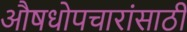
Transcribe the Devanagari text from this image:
औषधोपचारांसाठी